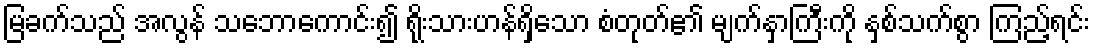
မြခက်သည် အလွန် သဘောကောင်း၍ ရိုးသားဟန်ရှိသော စံတုတ်၏ မျက်နှာကြီးကို နှစ်သက်စွာ ကြည့်ရင်း